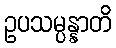
ဥပသမ္ပန္နာတိ